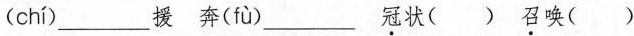
( chí )_____援 奔( fù )___ 冠状() 召唤()